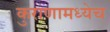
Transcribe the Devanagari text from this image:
कुराणामध्येच